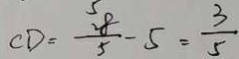
C D = \frac { 2 8 } { 5 } - 5 = \frac { 3 } { 5 }